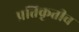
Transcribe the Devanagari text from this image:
प्रतिकृतीच